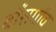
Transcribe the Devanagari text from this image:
बाँसगाँव